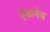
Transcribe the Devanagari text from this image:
एकानेच